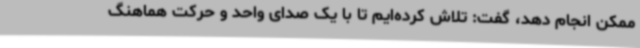
ممکن انجام دهد، گفت: تلاش کرده‌ایم تا با یک صدای واحد و حرکت هماهنگ